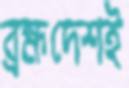
ব্রহ্মদেশই